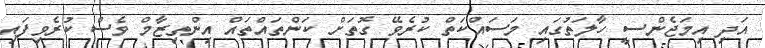
އަދި އިމަޖެންސީ ހާލަތުގައި މަސައްކަތް ކުރެވޭ ގޮތަށް ކަންތައްތައް އިންތިޒާމް ވެސް ކުރެވިފައި